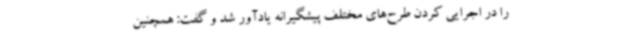
را در اجرایی کردن طرح‌های مختلف پیشگیرانه یادآور شد و گفت: همچنین